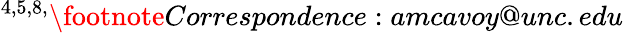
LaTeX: ^{4,5,8,}\footnote{Correspondence:amcavoy@unc.edu}